Annual vaccination report of Bihar and Orissa - 1911-1928
Year: 1911
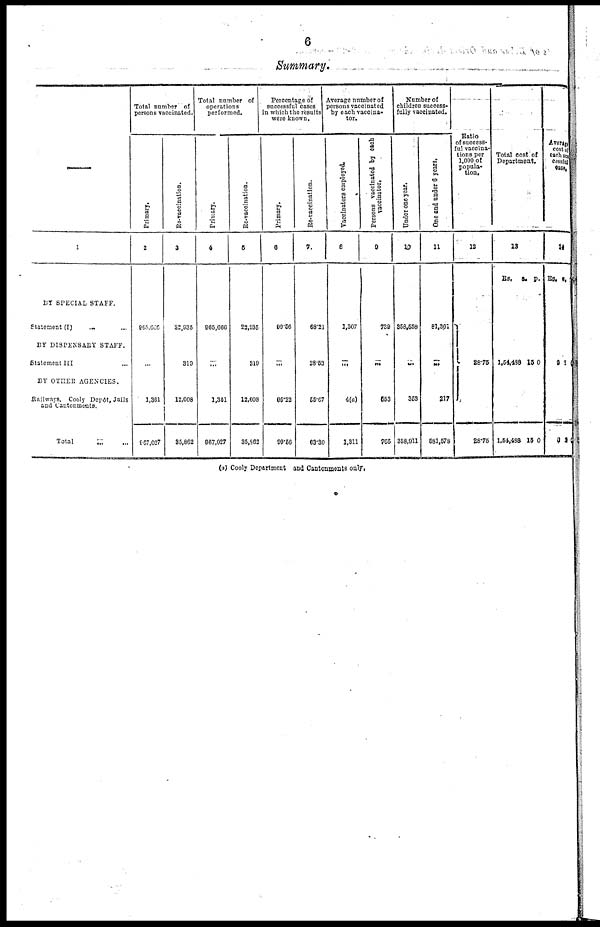
6
Summary.
—
1
BY SPECIAL STAFF.
Statement (I)
... ...
BY DISPENSARY STAFF.
Statement III ...
BY OTHER AGENCIES.
Railways, Cooly Depôt, Jails
and Cantonments.
Total
...
...
Total number of
persons vaccinated.
Primary.
2
965,660
...
1,361
967,027
Re-vaccination.
3
22,935
319
12,608
35,862
Total number of
operations
performed.
Primary.
4
965,666
...
1,361
967,027
Re-vaccination.
5
22,935
319
12,608
35,862
Percentage of
successful cases
in which the results
were known.
Primary.
6
99.56
...
95.22
99.56
Re-vaccination.
7
68.21
28.52
55.67
63.30
Average number of
persons vaccinated
by each vaccina¬
tor.
Vaccinators employed.
8
1,307
...
4(a)
1,311
Persons vaccinated by each
vaccinator.
9
739
...
553
765
Number of
children success¬
fully vaccinated.
Under one year.
10
358,558
...
353
358,911
One and under 6 years.
11
81,361
...
217
581,578
Ratio
of success-
ful vaccina-
tions per
1,000 of
popula-
tion.
12
28.75
28.75
Total cost of
Department.
13
Rs. a.
p.
1,54,488
1,54,488
15
15
0
0
Average
cost of
each suc¬
cessful
case.
14
Rs. a. p.
0
0
2
2
1
2
(a) Cooly Department and Cantonments only.